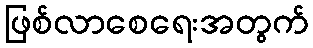
ဖြစ်လာစေရေးအတွက်